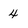
Character: 4